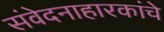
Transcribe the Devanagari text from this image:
संवेदनाहारकांचे